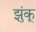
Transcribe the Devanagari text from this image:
झुंकू